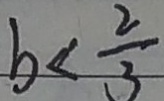
b < \frac { 2 } { 3 }